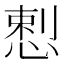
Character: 𭝥